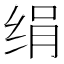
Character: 绢